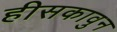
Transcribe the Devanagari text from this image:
हीसकावुन